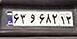
۶۳و۶۸۲۱۳